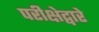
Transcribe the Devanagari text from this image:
परीक्षेद्वारे